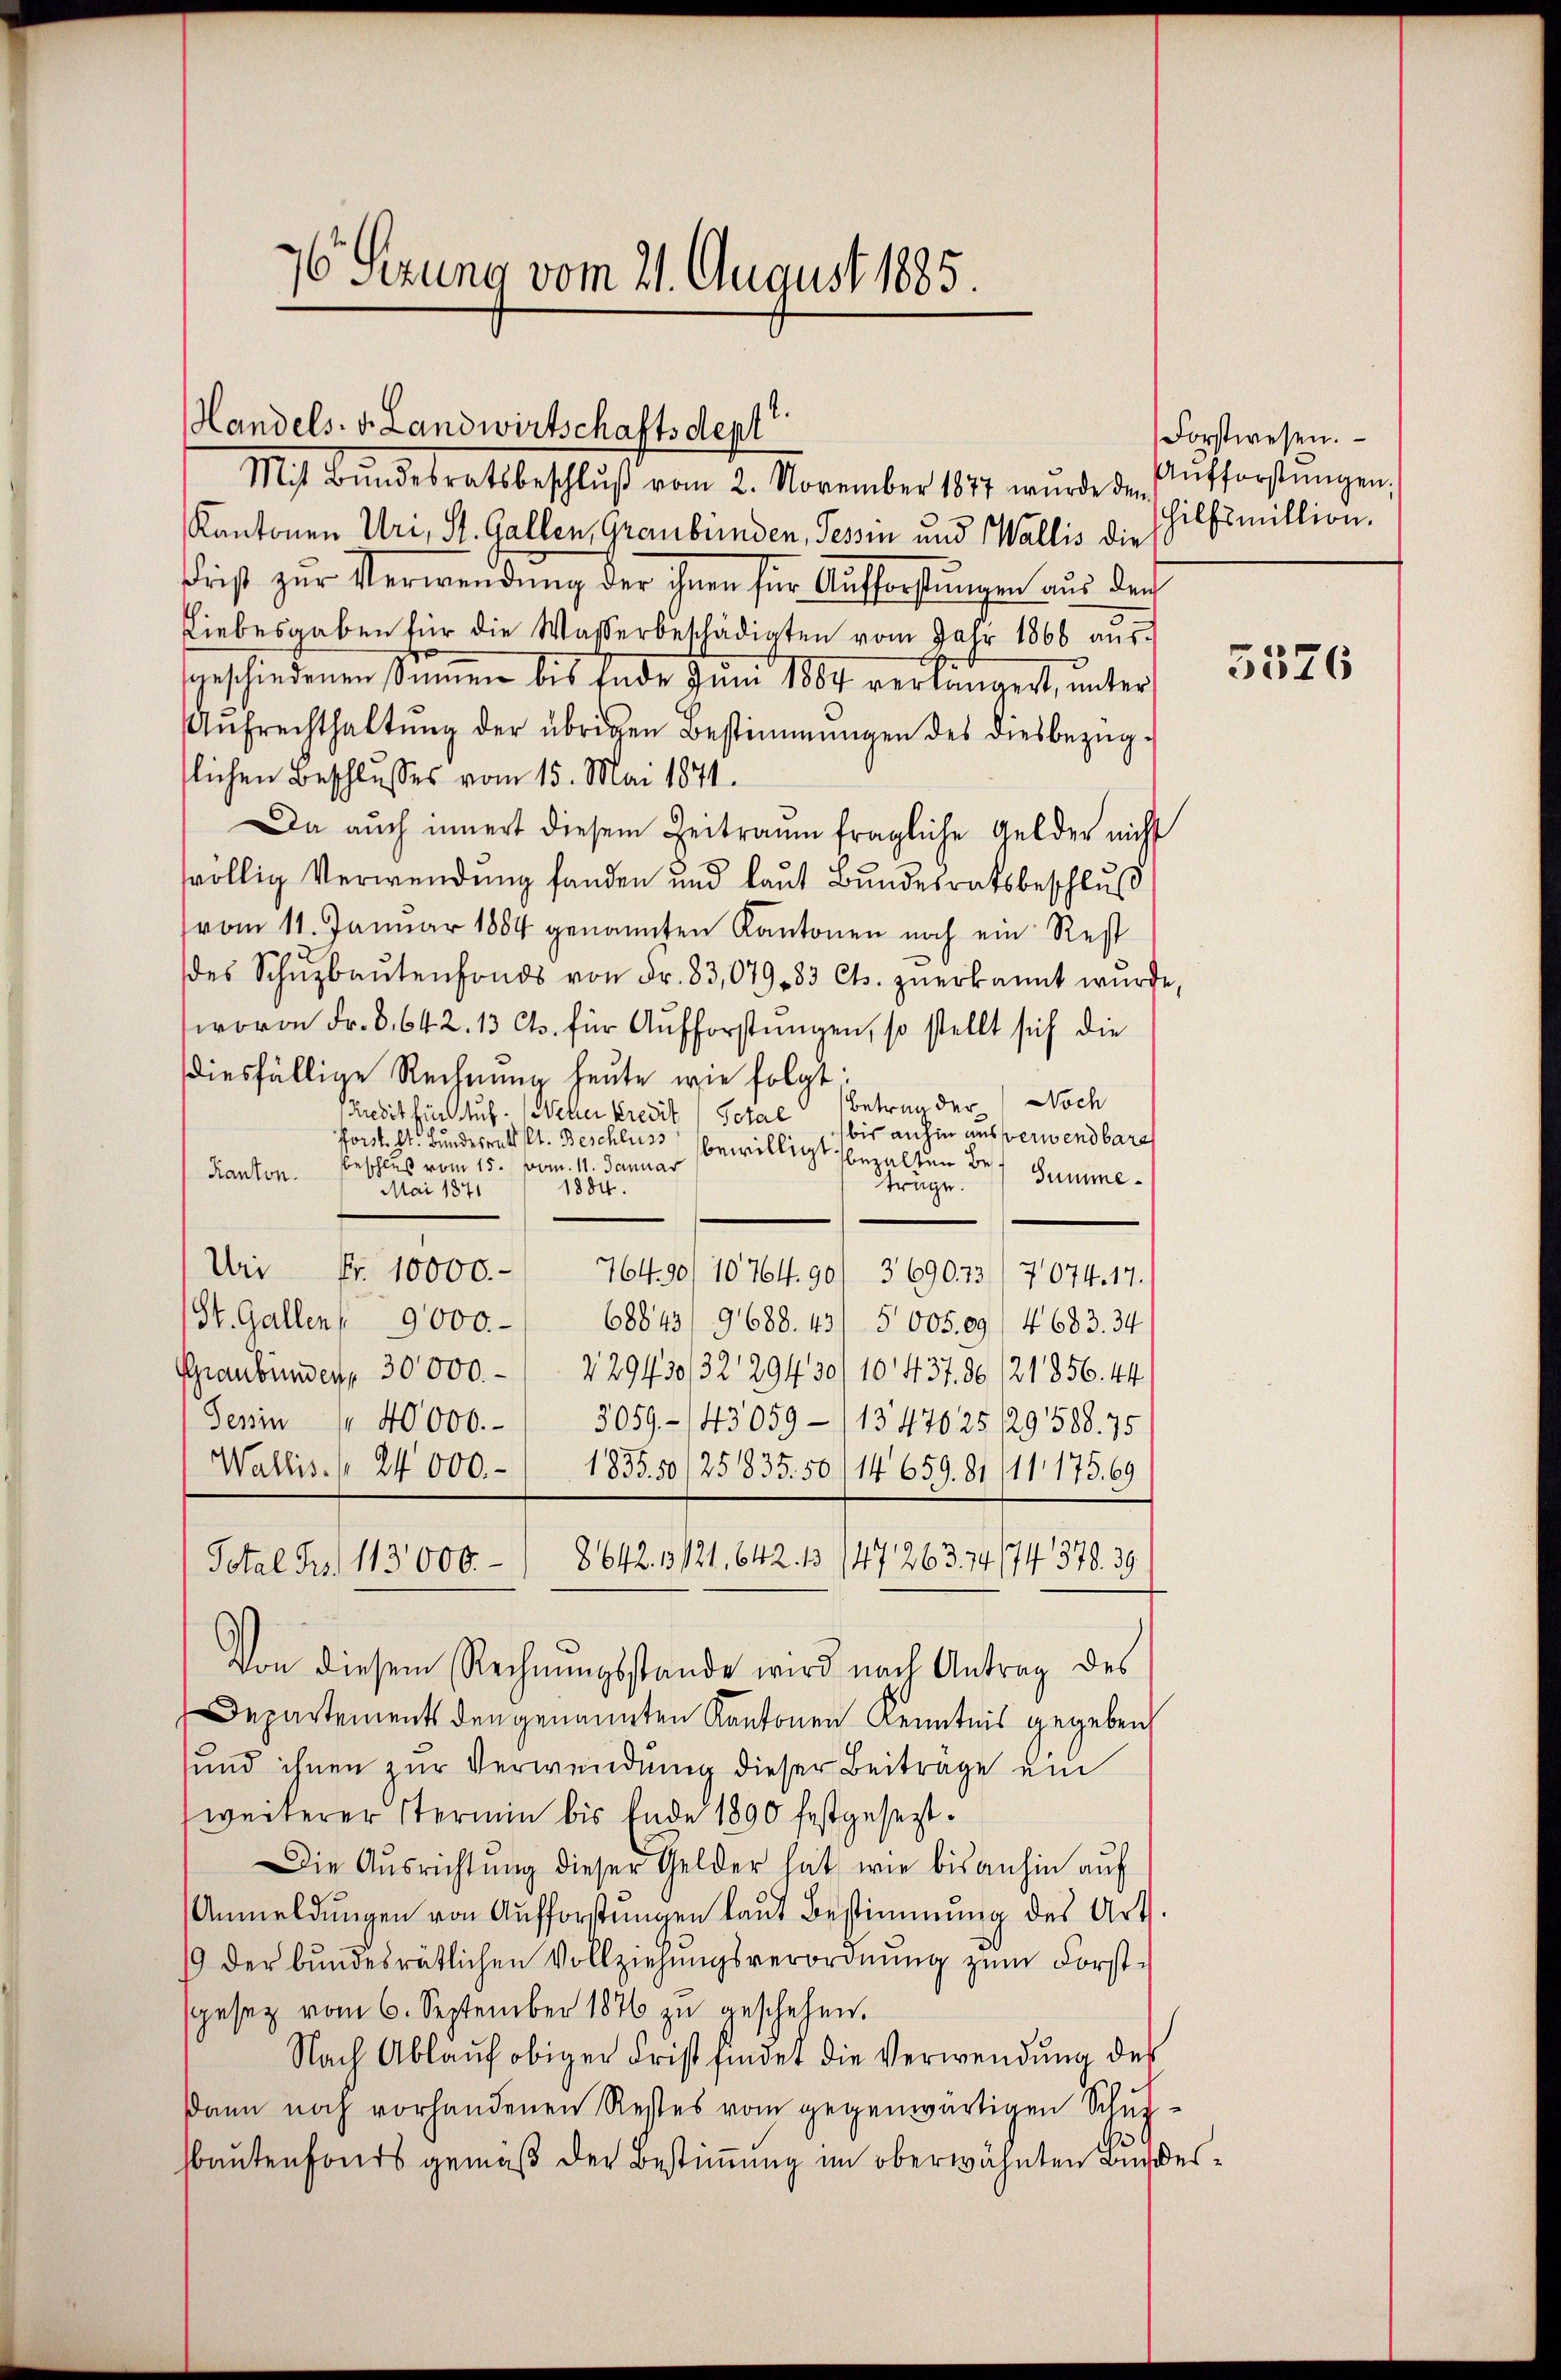
Handels. v. Landwirtschaftsdept
Kantonen Uri, St. Gallen, Graubünden, Tessin und Wallis die
Frist zur Verwendung der ihnen für Aufforstungen aus den
Liebesgaben für die Wasserbeschädigten vom Jahr 1866 aŭs-
.
geschiedenen Sinnen bis Ende zum 1884 verlängert, unter
Aŭfrechthaltŭng der übrigen Bestimmungen des diesbezüg-
lichen Beschlusses vom 15. Mai 1871.
Da auch innert diesem Zeitraum fragliche Gelder nicht
svöllig Verwendung fanden und laut Bundesratsbeschluß
vom 11. Januar 1884 genannten Kantonen noch ein Rest
des Schŭzbaŭtenfonds von Fr. 83,079. 83 Cts. zŭerkannt würde,
wovon Fr. 8. 642. 13 Cts. für Aufforstungen, so stellt sich die
diesfällige Rechnung heute wie folgt
Betrag der Noch
Kredit für Auf- Wetter kredit / Schal bis anhin ausverwendbare
forst. St. Bundesrath (lt. Beschluss bewilligt bezalten Bebeschluß vom 15. Jan. 11. Januar
Kanton.
Summe.
rüge.
1884.
Mai 1871
Uri Nr. 10000.-
76490/10 764. 90/ 369023/7074. 17.
St. Gallen 9000.
68843/ 9688. 43) 5005.09/ 4683. 34
Graubünden 30000.- ( 229430/3229430/10 437. 86 (121856. 44
3059 - 143059-11347625 /29588. 75
Jenin 40000.-
Wallis. (24 000.- 1 1835. 50/251835. 50/14 659. 81 /11 175. 69
Total Frs. 113000.-) 8642. 3121, 642. 13. 147263. 74 (74 378. 39
Von diesem Rechnŭngsstande wird nach Antrag des
Departements den genannten Kantonen Kenntnis gegeben,
und ihnen zur Verwendung dieser Beiträge ein
weiterer Stermin bis Ende 1890 festgesezt.
Die Aŭsrichtŭng dieser Gelder hat, wie bisanhin aŭf
Anmeldŭngen von Aufforstŭngen laŭt Bestimmung des Art
19 der bundesrätlichen Vollziehungsverordnung zum Forstspesez vom 6. September 1876 zu geschehen.
Nach Ablaŭf obiger Frist findet die Verwendung des
dann noch vorhandenen Restes vom gegenwärtigen Schulsbautenfonds gemäß der Bestimmung im oberwähnten Bunde

76 Sezung vom 21. August 1885.

Mit Bŭndesratsbeschlŭβ vom 2. November 1877 wŭrde der Aufforstŭngen,

Forstwesen.
hilfsmillion.

3576